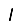
Digit: 1